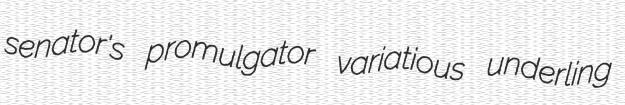
senator's promulgator variatious underling